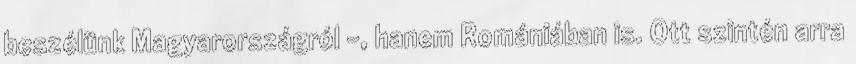
beszélünk Magyarországról –, hanem Romániában is. Ott szintén arra